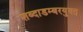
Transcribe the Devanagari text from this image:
शब्दाडम्बरयुक्त